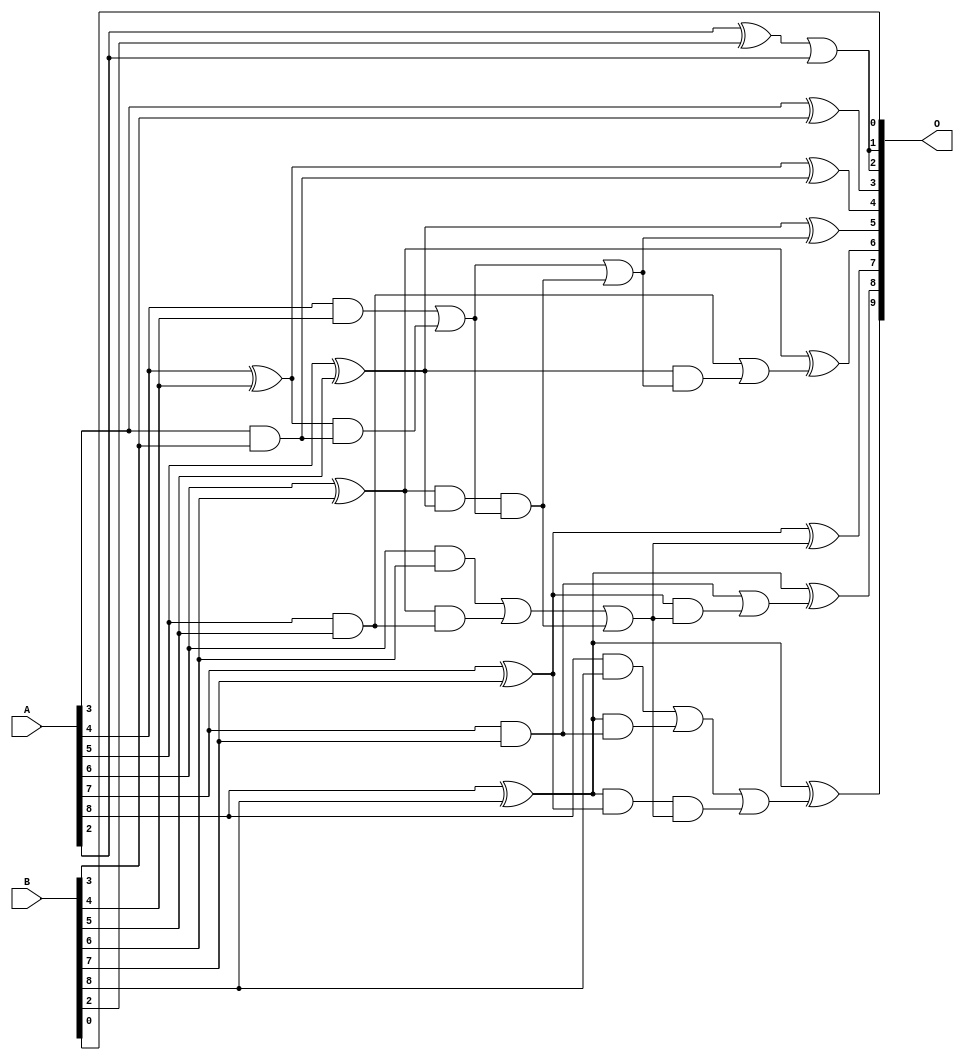
/***
* This code is a part of EvoApproxLib library (ehw.fit.vutbr.cz/approxlib) distributed under The MIT License.
* When used, please cite the following article(s): V. Mrazek, L. Sekanina, Z. Vasicek "Libraries of Approximate Circuits: Automated Design and Application in CNN Accelerators" IEEE Journal on Emerging and Selected Topics in Circuits and Systems, Vol 10, No 4, 2020 
* This file contains a circuit from a sub-set of pareto optimal circuits with respect to the pwr and mae parameters
***/
// MAE% = 0.47 %
// MAE = 2.4 
// WCE% = 1.37 %
// WCE = 7.0 
// WCRE% = 350.00 %
// EP% = 84.38 %
// MRE% = 5.20 %
// MSE = 9.0 
// PDK45_PWR = 0.025 mW
// PDK45_AREA = 59.1 um2
// PDK45_DELAY = 0.47 ns

module add9se_0DX (
    A,
    B,
    O
);

input [8:0] A;
input [8:0] B;
output [9:0] O;

wire sig_23,sig_24,sig_25,sig_26,sig_27,sig_28,sig_29,sig_30,sig_31,sig_32,sig_33,sig_34,sig_35,sig_36,sig_40,sig_42,sig_43,sig_44,sig_45,sig_46;
wire sig_47,sig_48,sig_51,sig_53,sig_57,sig_58,sig_59,sig_64,sig_65,sig_66,sig_67,sig_69,sig_71,sig_72,sig_73,sig_74,sig_75,sig_76;

assign sig_23 = A[2] ^ B[2];
assign sig_24 = A[3] & B[3];
assign sig_25 = A[3] ^ B[3];
assign sig_26 = A[4] & B[4];
assign sig_27 = A[4] ^ B[4];
assign sig_28 = A[5] & B[5];
assign sig_29 = A[5] ^ B[5];
assign sig_30 = A[6] & B[6];
assign sig_31 = A[6] ^ B[6];
assign sig_32 = A[7] & B[7];
assign sig_33 = A[7] ^ B[7];
assign sig_34 = A[8] & B[8];
assign sig_35 = A[8] ^ B[8];
assign sig_36 = A[8] ^ B[8];
assign sig_40 = sig_27 & sig_24;
assign sig_42 = sig_26 | sig_40;
assign sig_43 = sig_31 & sig_28;
assign sig_44 = sig_31 & sig_29;
assign sig_45 = sig_30 | sig_43;
assign sig_46 = sig_35 & sig_32;
assign sig_47 = sig_35 & sig_33;
assign sig_48 = sig_34 | sig_46;
assign sig_51 = sig_44 & sig_42;
assign sig_53 = sig_45 | sig_51;
assign sig_57 = sig_42 | sig_51;
assign sig_58 = sig_47 & sig_53;
assign sig_59 = sig_48 | sig_58;
assign sig_64 = sig_29 & sig_57;
assign sig_65 = sig_28 | sig_64;
assign sig_66 = sig_33 & sig_53;
assign sig_67 = sig_32 | sig_66;
assign sig_69 = sig_23 | A[2];
assign sig_71 = sig_27 ^ sig_24;
assign sig_72 = sig_29 ^ sig_57;
assign sig_73 = sig_31 ^ sig_65;
assign sig_74 = sig_33 ^ sig_53;
assign sig_75 = sig_35 ^ sig_67;
assign sig_76 = sig_36 ^ sig_59;

assign O[9] = sig_76;
assign O[8] = sig_75;
assign O[7] = sig_74;
assign O[6] = sig_73;
assign O[5] = sig_72;
assign O[4] = sig_71;
assign O[3] = sig_25;
assign O[2] = sig_69;
assign O[1] = sig_69;
assign O[0] = B[0];

endmodule